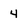
Character: 4